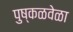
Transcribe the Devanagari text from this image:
पुष्कळवेळा